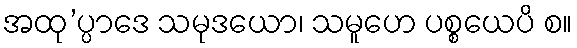
အထု’ပ္ပာဒေ သမုဒယော၊ သမူဟေ ပစ္စယေပိ စ။